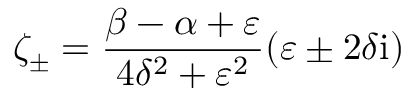
\zeta _ { \pm } = \frac { \beta - \alpha + \varepsilon } { 4 \delta ^ { 2 } + \varepsilon ^ { 2 } } ( \varepsilon \pm 2 \delta \mathrm { i } )